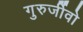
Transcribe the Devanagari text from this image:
गुरुर्जीवो